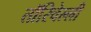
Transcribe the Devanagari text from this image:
तॉरिचेल्ली